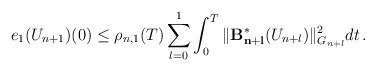
LaTeX: \begin{align*}\displaystyle{e_{1}(U_{n+1})(0) \le \rho_{n,1}(T) \sum_{l=0}^1\int_0^T \| \mathcal{\mathbf{B^{\ast}_{n+l}}}(U_{n+l}) \|_{G_{n+l}}^2 dt \,.}\end{align*}